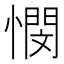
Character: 憫